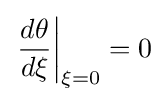
\left.{\frac {d\theta }{d\xi }}\right|_{\xi =0}=0